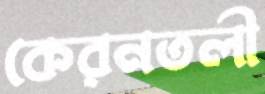
কেরনতলী